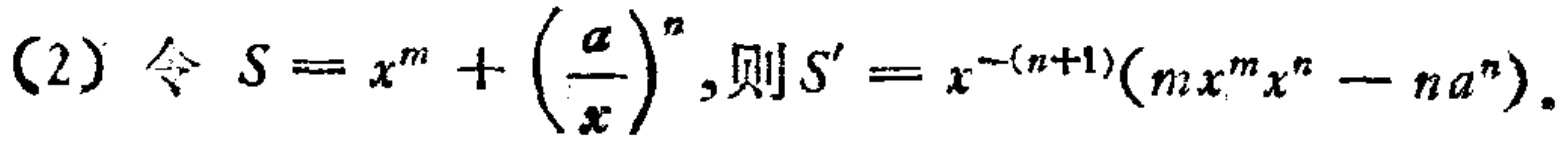
(2) 令 \(S = x^{m}+\left(\frac{a}{x}\right)^{n}\), 则 \(S' = x^{-(n + 1)}(mx^{m}x^{n}-na^{n})\).